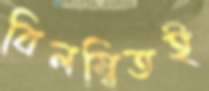
বিলম্বিতই